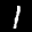
Label: 1